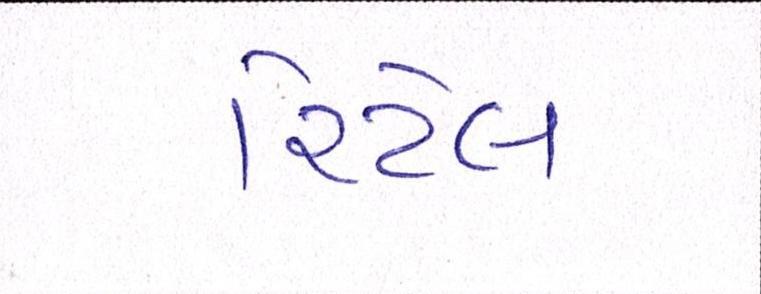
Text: રિટેલ